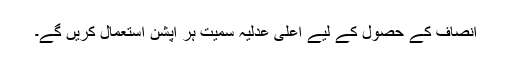
انصاف کے حصول کے لیے اعلیٰ عدلیہ سمیت ہر آپشن استعمال کریں گے۔